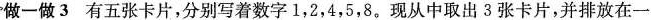
做一做3 有五张卡片，分别写着数字1，2，4，5，8。现从中取出3张卡片，并排放在一